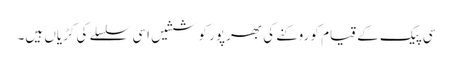
سی پیک کے قیام کو روکنے کی بھرپور کوششیں اسی سلسلے کی کڑیاں ہیں۔